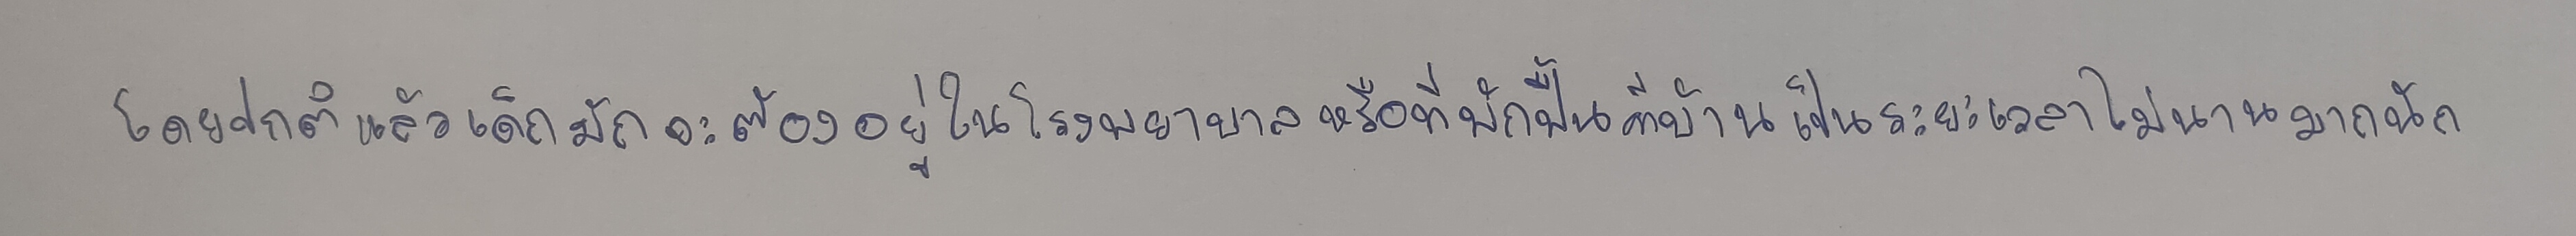
โดยปกติแล้วเด็กมักจะต้องอยู่ในโรงพยาบาลหรือที่พักฟื้นที่บ้านเป็นระยะเวลาไม่นานมากนัก